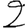
Digit: 2